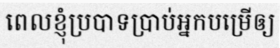
ពេលខ្ញុំប្របាទប្រាប់អ្នកបម្រើឲ្យ